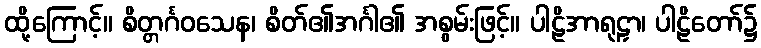
ထို့ကြောင့်။ စိတ္တင်္ဂဝသေန၊ စိတ်၏အင်္ဂါ၏ အစွမ်းဖြင့်။ ပါဠိအာရုဠှာ၊ ပါဠိတော်၌